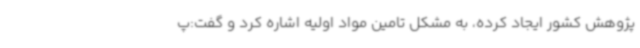
پژوهش کشور ایجاد کرده، به مشکل تامین مواد اولیه اشاره کرد و گفت:پ